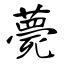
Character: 薨